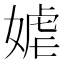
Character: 𱙞